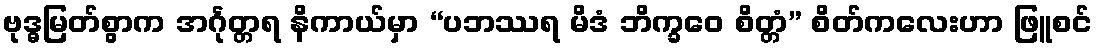
ဗုဒ္ဓမြတ်စွာက အင်္ဂုတ္တရ နိကာယ်မှာ “ပဘဿရ မိဒံ ဘိက္ခဝေ စိတ္တံ” စိတ်ကလေးဟာ ဖြူစင်